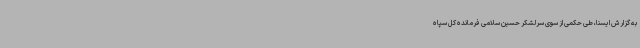
به گزارش ایسنا، طی حکمی از سوی سرلشکر حسین سلامی فرمانده کل سپاه